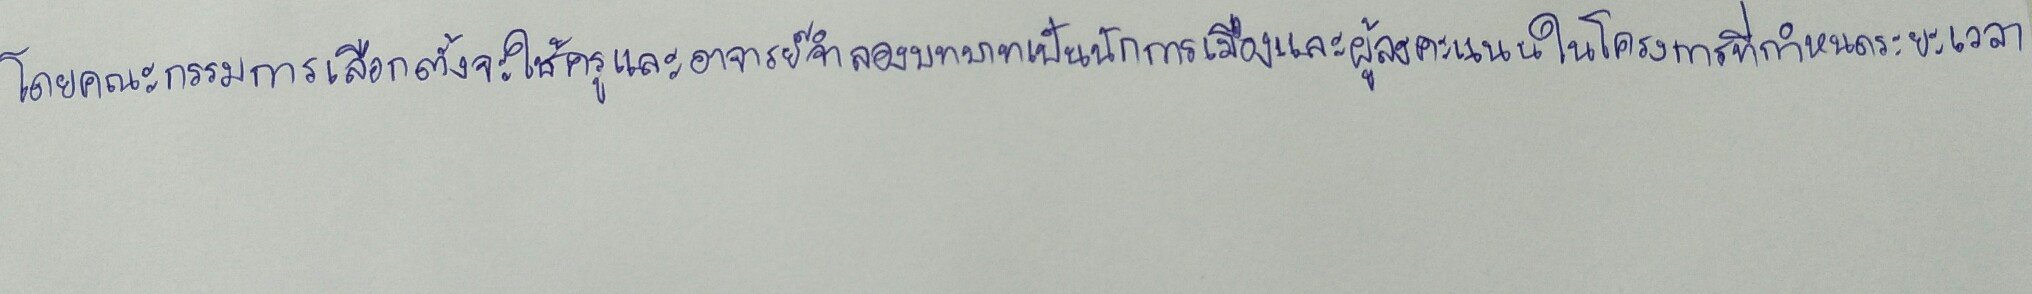
โดยคณะกรรมการเลือกตั้งจะใช้ครูและอาจารย์จำลองบทบาทเป็นนักการเมืองและผู้ลงคะแนนในโครงการที่กำหนดระยะเวลา